Materia medica of Madras volume I
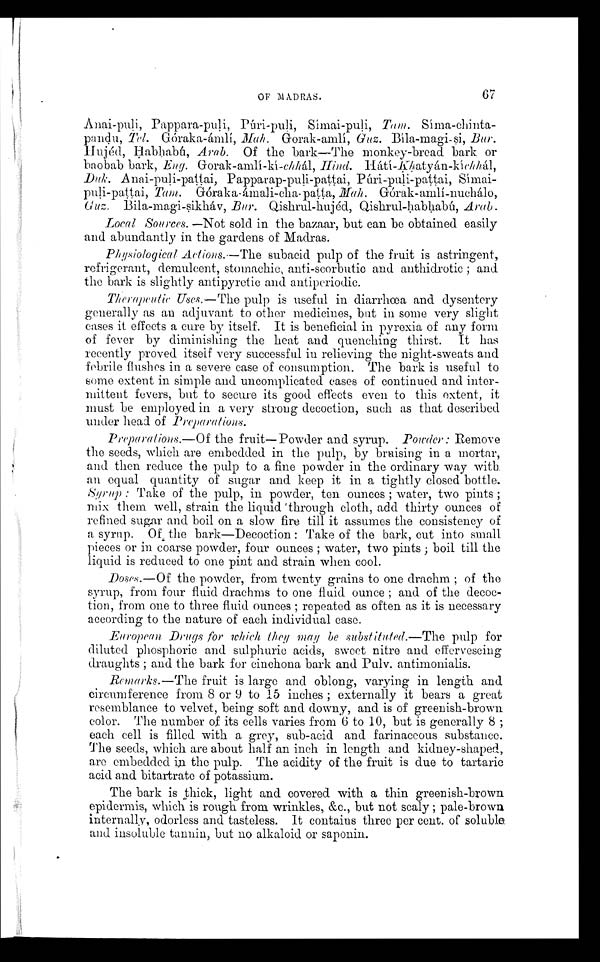
OF MADRAS.
67
A n a i - p u l i , P a p p a r a - p u l i , P ú r i - p u l i ,
S í m a i - p u l i ,
T a m .
Síma- clinta-
pandu, Tel Gór aka- áml i , Ma h .
G o r a k - a m l í ,
Guz. Bíla-magi-si,Bur.
Hujéd, Habhabú, Arab. Of the bark—The monkey-bread. bark or
baobab bark, Eng. Gorak-amlí-kí-chhál, Hind. Háti-Khatyán-kíchhál,
Duk. Anai-puli-pattai, Papparap-puli-pattai,
Tam.
Góraka-ámali-cha- patta, Mab. Górak- amli-nuchálo,
Bila-magi-sikháv, Bur. Qishrul-hujéd, Qishrul-habhabú, Arab.
Local Sources. —Not sold in the bazaar, but can be obtained easily
and abundantly in the gardens of Madras.
Physiological Actions.—The subacid pulp of the fruit is astringent,
refrigerant, demulcent, stomachic, anti-scorbutic and anthidrotic ; and
the bark is slightly antipyretic and antiperiodic.
Therapeutic Uses.—The pulp is useful in diarrhœa and dysentery
generally as an adjuvant to other medicines, but in some very slight
cases it effects a cure by itself. It is beneficial in pyrexia of any form
of fever by diminishing the heat and quenching thirst. It has
recently proved itself very successful in relieving the night-sweats and
febrile flushes in a severe case of consumption. The bark is useful to
some extent in simple and uncomplicated cases of continued and inter-
mittent fevers, but to secure its good effects even to this extent, it
must be employed in a very strong decoction, such as that described
under head of Preparations.
Preparations.—Of the fruit—Powder and syrup. Powder: Remove
the seeds, which are embedded in the pulp, by bruising in a mortar,
and then reduce the pulp to a fine powder in the ordinary way with.
an equal quantity of sugar and keep it in a tightly closed bottle.
Syrup : Take of the pulp, in powder, ten ounces ; water, two pints ;
mix them well, strain the liquid 'through cloth, add thirty ounces of
refined sug.ar and boil on a slow fire till it assumes the consistency of
a syrup. Of, the bark—Decoction : Take of the bark, cut into small
pieces or in coarse powder, four ounces ; water, two pints ; boil till the
liquid is reduced to one pint and strain when cool.
Doses.—Of the powder, from twenty grains to one drachm ; of the
syrup, from four fluid drachms to one fluid ounce ; and of the decoc-
tion, from one to three fluid ounces ; repeated as often as it is necessary
according to the nature of each individual case.
European. Drugs for which they may be substituted.—The pulp for
diluted phosphoric and sulphuric acids, sweet nitre and effervescing
draughts ; and the bark for cinchona bark and Pulv. autimonialis.
Remarks.—The fruit is large and oblong, varying in length and
circumference from 8 or 9 to 15 inches ; externally it bears a great
resemblance to velvet, being soft and downy, and is of greenish-brown
color. The number of its cells varies from 6 to 10, but is generally 8 ;
each cell is filled with a grey, sub-acid and farinaceous substance.
The seeds, which are about half an inch in length and kidney-shaped,
are embedded in. the pulp. The acidity of the fruit is due to tartaric
acid and bitartratc of potassium.
The bark is thick, light and covered with a thin greenish-brown
epidermis, which is rough from wrinkles, &c., but not scaly ; pale-brown
internally, odorless and tasteless. It contains three per cent. of soluble
and insoluble tannin, but no alkaloid or saponin.